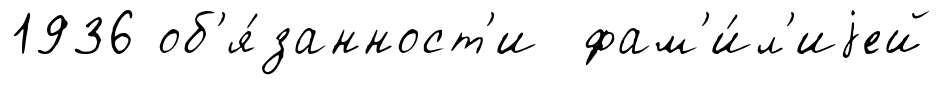
1936 об'я́занност'и фам'и́л'иjей